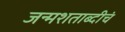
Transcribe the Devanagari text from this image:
जन्मशताब्दीचं